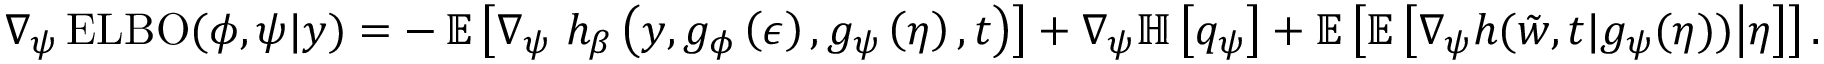
\nabla _ { \psi } \operatorname { E L B O } ( \phi , \psi \vert y ) = - \operatorname { \mathbb { E } } \left[ \nabla _ { \psi } \ h _ { \beta } \left( y , g _ { \phi } \left( \epsilon \right) , g _ { \psi } \left( \eta \right) , t \right) \right] + \nabla _ { \psi } \mathbb { H } \left[ q _ { \psi } \right] + \mathbb { E } \left[ \mathbb { E } \left[ \nabla _ { \psi } h ( \tilde { w } , t \vert g _ { \psi } ( \eta ) ) \middle \vert \eta \right] \right] .